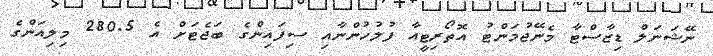
ނޭޝަނަލް ޑިޒާސްޓާ މެނޭޖުމަންޓު އޮތޯރިޓީއާ ފުލުހުންނާއި ސިފައިންގެ ބަޖެޓަށް އެ 280.5 މިލިއަންގެ